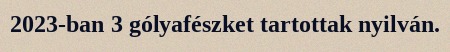
2023-ban 3 gólyafészket tartottak nyilván.